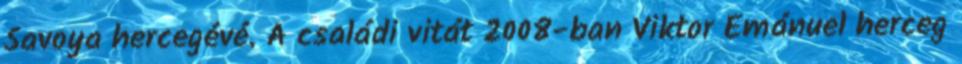
Savoya hercegévé. A családi vitát 2008-ban Viktor Emánuel herceg